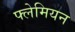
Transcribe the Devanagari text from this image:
फ्लेमियन